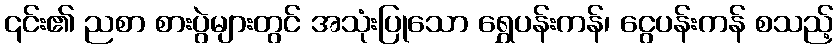
၎င်း၏ ညစာ စားပွဲများတွင် အသုံးပြုသော ရွှေပန်းကန်၊ ငွေပန်းကန် စသည့်